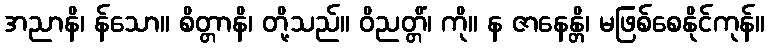
အညာနိ၊ န်သော။ စိတ္တာနိ၊ တို့သည်။ ဝိညတ္တိံ၊ ကို။ န ဇာနေန္တိ၊ မဖြစ်စေနိုင်ကုန်။